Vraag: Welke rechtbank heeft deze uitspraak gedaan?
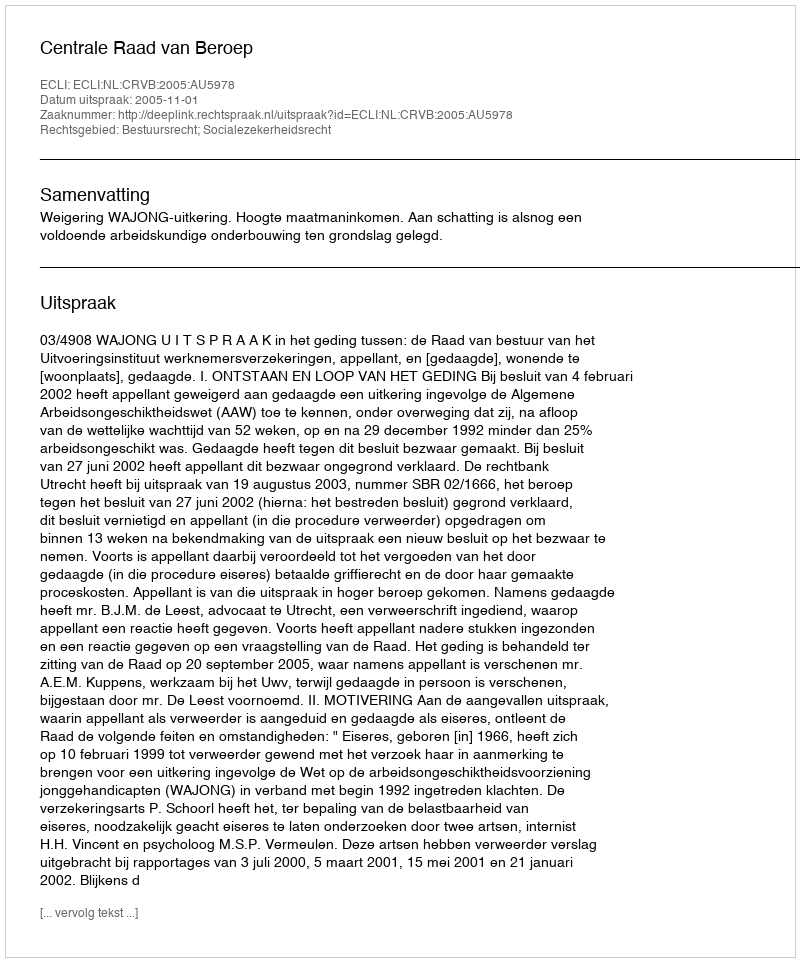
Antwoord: Centrale Raad van Beroep